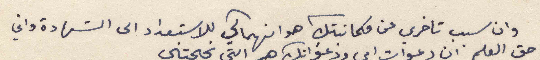
وان سبب تاخرى عن مكاتبتك هو انهماكي للاستعداد الى الشهادة واني